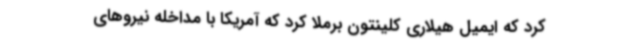
کرد که ایمیل هیلاری کلینتون برملا کرد که آمریکا با مداخله نیروهای